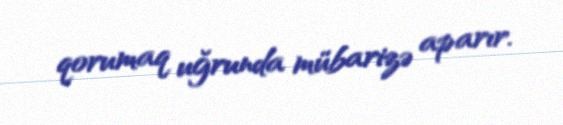
qorumaq uğrunda mübarizə aparır.